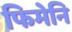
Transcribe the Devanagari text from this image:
फिमेनि